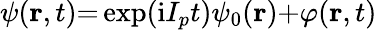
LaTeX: \psi(\mathbf{r},t){=}\exp(\mathrm{i}I_{p}t)\psi_{0}(\mathbf{r}){+}\varphi(\mathbf{r},t)